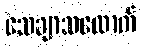
သေချာသလောက်